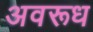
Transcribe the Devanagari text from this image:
अवरूध